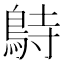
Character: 𪀔